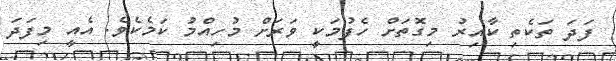
ފަދަ ތަކެތި ކާއިރު މިގޮތަށް ހެފުމަކީ ވަރަށް މުހިއްމު ކަމެކެވެ. އެއީ މިފަދަ